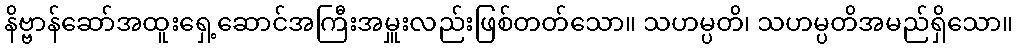
နိဗ္ဗာန်ဆော်အထူးရှေ့ဆောင်အကြီးအမှူးလည်းဖြစ်တတ်သော။ သဟမ္ပတိ၊ သဟမ္ပတိအမည်ရှိသော။